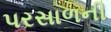
પરસાળની